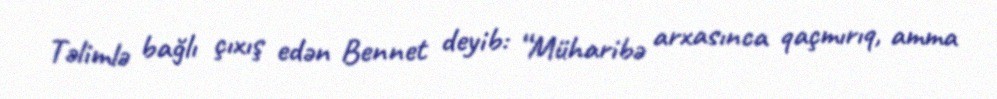
Təlimlə bağlı çıxış edən Bennet deyib: “Müharibə arxasınca qaçmırıq, amma